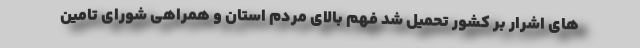
های اشرار بر کشور تحمیل شد فهم بالای مردم استان و همراهی شورای تامین